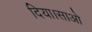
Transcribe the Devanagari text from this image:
दिया।साओ